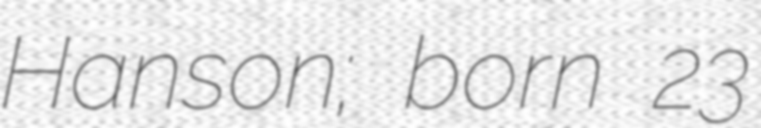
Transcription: Hanson; born 23